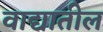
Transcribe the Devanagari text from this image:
वाद्यातील